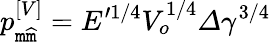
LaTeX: p_{\mathtt{m}\widehat{{\mathtt{m}}}}^{\left[V\right]}=E^{\prime1/4}V_{o}^{1/4}\varDelta\gamma^{3/4}